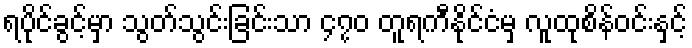
ရပိုင်ခွင့်မှာ သွတ်သွင်းခြင်းသာ ၄၇၀ တူရကီနိုင်ငံမှ လူထုစိန်ဝင်းနှင့်